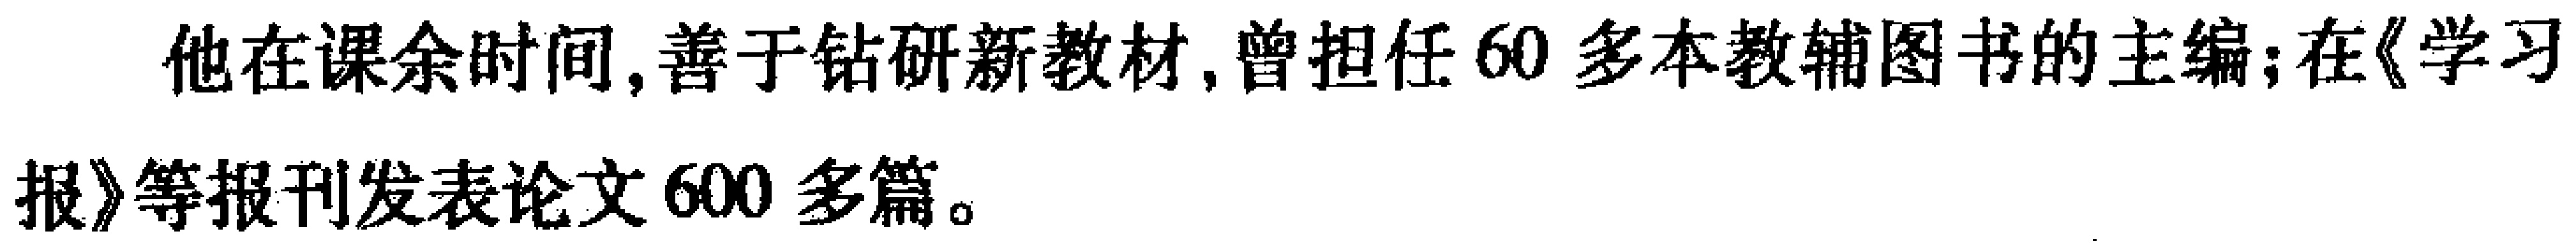
他在课余时间,善于钻研新教材,曾担任60多本教辅图书的主编;在《学习报》等报刊发表论文600多篇。